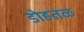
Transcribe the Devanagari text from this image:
डोहतळ